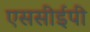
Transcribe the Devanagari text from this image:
एससीईपी